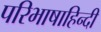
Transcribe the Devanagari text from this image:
परिभाषाहिन्दी